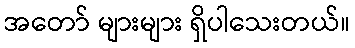
အတော် များများ ရှိပါသေးတယ်။